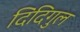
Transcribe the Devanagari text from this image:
दिंदिगुल